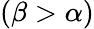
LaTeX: (\beta>\alpha)